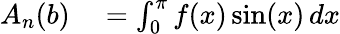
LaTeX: \begin{array}{rl}{A_{n}(b)}&{{}=\int_{0}^{\pi}f(x)\sin(x)\, dx}\end{array}